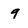
Character: 9